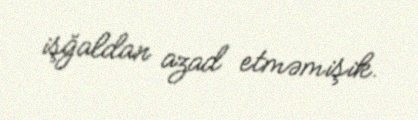
işğaldan azad etməmişik.